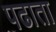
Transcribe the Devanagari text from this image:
पढाता